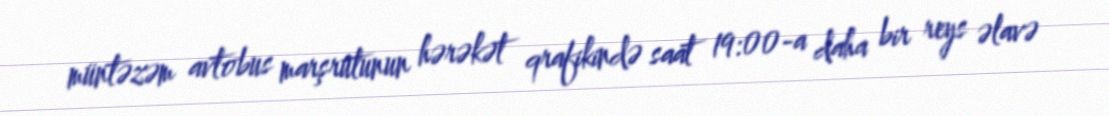
müntəzəm avtobus marşrutunun hərəkət qrafikində saat 19:00-a daha bir reys əlavə